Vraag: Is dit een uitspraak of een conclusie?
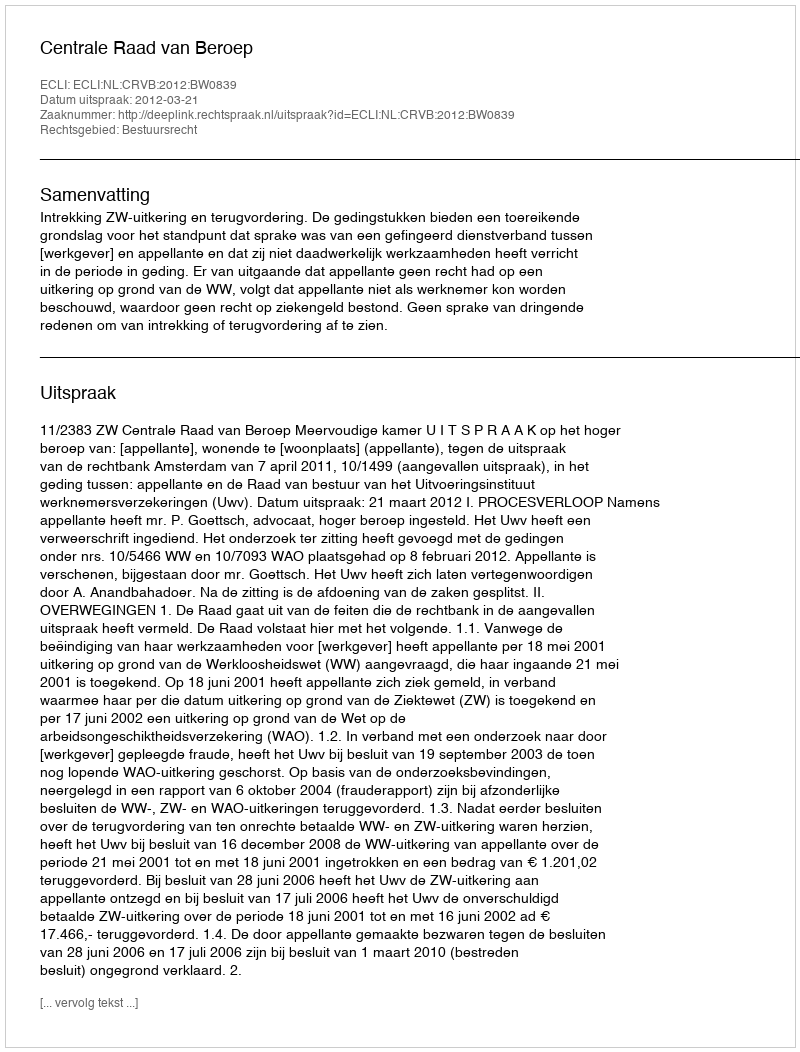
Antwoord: Uitspraak